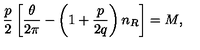
{ \frac { p } { 2 } } \left[ { \frac { \theta } { 2 \pi } } - \left( 1 + { \frac { p } { 2 q } } \right) n _ { R } \right] = M ,